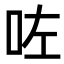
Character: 咗